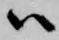
ハ